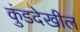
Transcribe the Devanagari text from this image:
कुंडदेखील